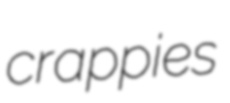
crappies